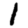
Digit: 1